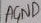
Text: AGND